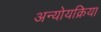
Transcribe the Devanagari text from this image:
अन्योयक्रिया